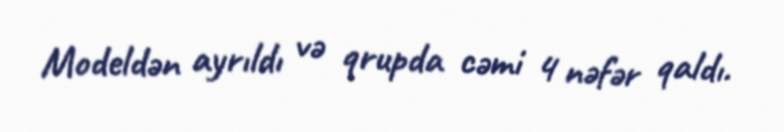
Modeldən ayrıldı və qrupda cəmi 4 nəfər qaldı.